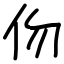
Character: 伆